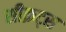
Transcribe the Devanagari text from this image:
सीक्रट्स